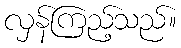
လှန်ကြည့်သည်။